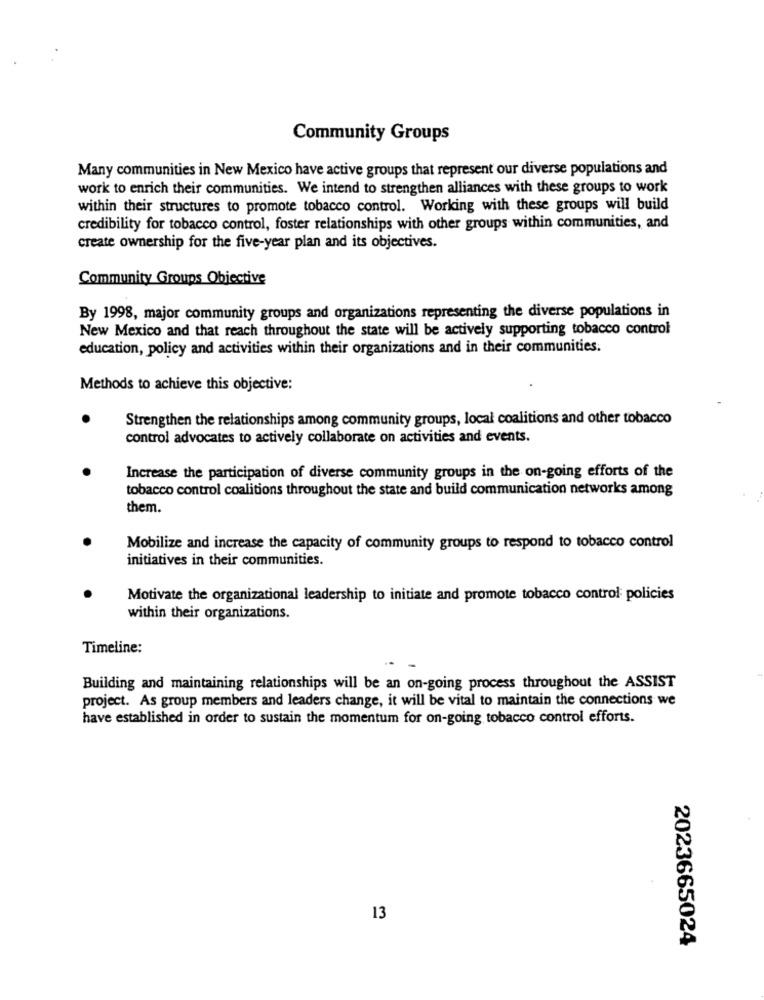
Community Groups
Many communities in New Mexico have active groups that represent our diverse populations and
work to enrich their communities. We intend to strengthen alliances with these groups to work
within their structures to promote tobacco control. Working with these groups will build
credibility for tobacco control, foster relationships with other groups within communities, and
create ownership for the five-year plan and its objectives.
Community Groups Objective
By 1998, major community groups and organizations representing the diverse populations in
New Mexico and that reach throughout the state will be actively supporting tobacco control
education, policy and activities within their organizations and in their communities.
Methods to achieve this objective:
Strengthen the relationships among community groups, local coalitions and other tobacco
control advocates to actively collaborate on activities and events.
Increase the participation of diverse community groups in the on-going efforts of the
tobacco control coalitions throughout the state and build communication networks among
them.
Mobilize and increase the capacity of community groups to respond to tobacco control
initiatives in their communities.
Motivate the organizational leadership to initiate and promote tobacco control: policies
within their organizations.
Timeline:
Building and maintaining relationships will be an on-going process throughout the ASSIST
project. As group members and leaders change, it will be vital to maintain the connections we
have established in order to sustain the momentum for on-going tobacco control efforts.
13
2023665024